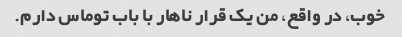
خوب، در واقع، من یک قرار ناهار با باب توماس دارم.